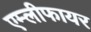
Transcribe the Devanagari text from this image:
एम्लीफायर